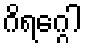
ဂိရဂ္ဂေါ